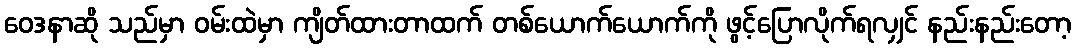
ဝေဒနာဆို သည်မှာ ဝမ်းထဲမှာ ကျိတ်ထားတာထက် တစ်ယောက်ယောက်ကို ဖွင့်ပြောလိုက်ရလျှင် နည်းနည်းတော့